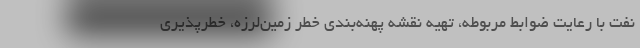
نفت با رعایت ضوابط مربوطه، تهیه نقشه پهنه‌بندی خطر زمین‌لرزه، خطرپذیری